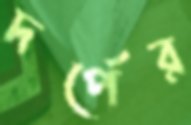
দর্পের